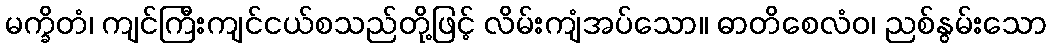
မက္ခိတံ၊ ကျင်ကြီးကျင်ငယ်စသည်တို့ဖြင့် လိမ်းကျံအပ်သော။ ဓာတိစေလံဝ၊ ညစ်နွမ်းသော